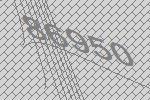
86950